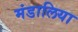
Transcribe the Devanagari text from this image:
मंडालिया